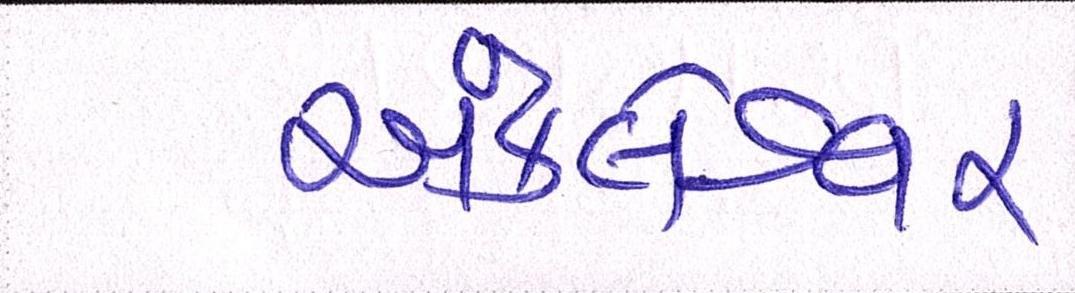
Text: અંકલેશ્વર